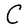
Character: C